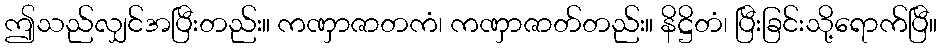
ဤသည်လျှင်အပြီးတည်း။ ကဏှာဇာတကံ၊ ကဏှာဇာတ်တည်း။ နိဋ္ဌိတံ၊ ပြီးခြင်းသို့ရောက်ပြီ။